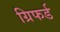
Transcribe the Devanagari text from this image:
ग्रिफर्ड